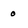
Character: 0